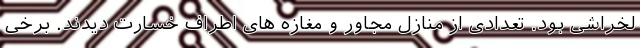
لخراشی بود. تعدادی از منازل مجاور و مغازه های اطراف خسارت دیدند. برخی